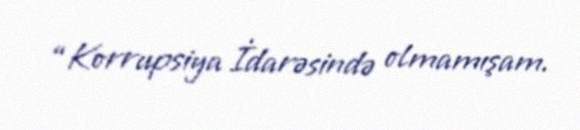
“Korrupsiya İdarəsində olmamışam.